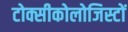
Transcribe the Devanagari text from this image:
टोक्सीकोलोजिस्टों